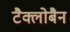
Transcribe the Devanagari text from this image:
टैक्लोबैन